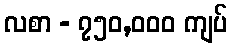
လစာ - ၇၅၀,၀၀၀ ကျပ်